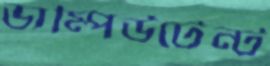
ডাম্পিউটেন্ট